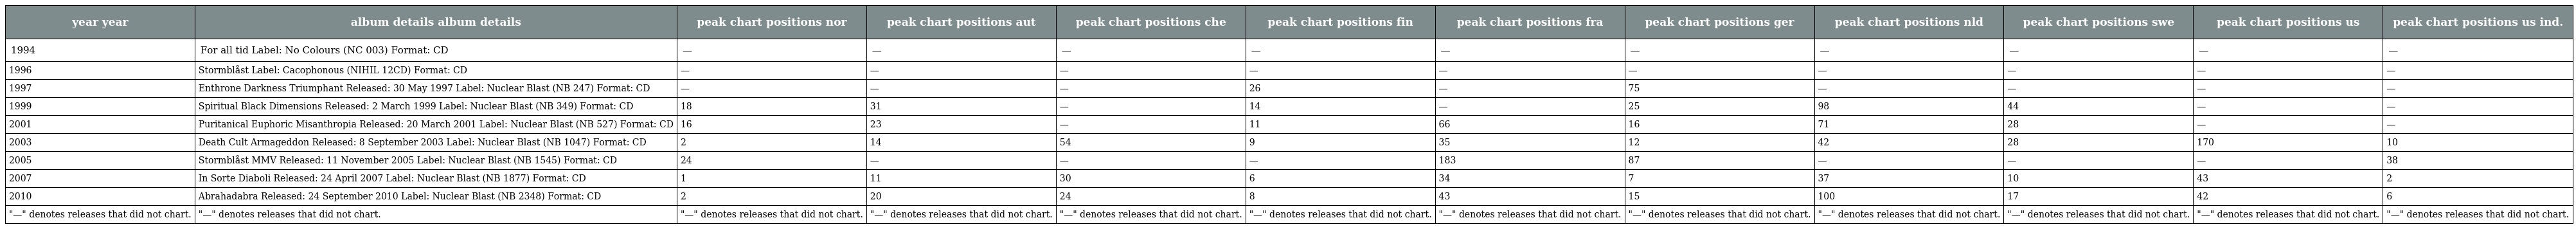
| year year | album details album details | peak chart positions nor | peak chart positions aut | peak chart positions che | peak chart positions fin | peak chart positions fra | peak chart positions ger | peak chart positions nld | peak chart positions swe | peak chart positions us | peak chart positions us ind. |
 | --- | --- | --- | --- | --- | --- | --- | --- | --- | --- | --- | --- |
 | 1994 | For all tid Label: No Colours (NC 003) Format: CD | — | — | — | — | — | — | — | — | — | — |
 | 1996 | Stormblåst Label: Cacophonous (NIHIL 12CD) Format: CD | — | — | — | — | — | — | — | — | — | — |
 | 1997 | Enthrone Darkness Triumphant Released: 30 May 1997 Label: Nuclear Blast (NB 247) Format: CD | — | — | — | 26 | — | 75 | — | — | — | — |
 | 1999 | Spiritual Black Dimensions Released: 2 March 1999 Label: Nuclear Blast (NB 349) Format: CD | 18 | 31 | — | 14 | — | 25 | 98 | 44 | — | — |
 | 2001 | Puritanical Euphoric Misanthropia Released: 20 March 2001 Label: Nuclear Blast (NB 527) Format: CD | 16 | 23 | — | 11 | 66 | 16 | 71 | 28 | — | — |
 | 2003 | Death Cult Armageddon Released: 8 September 2003 Label: Nuclear Blast (NB 1047) Format: CD | 2 | 14 | 54 | 9 | 35 | 12 | 42 | 28 | 170 | 10 |
 | 2005 | Stormblåst MMV Released: 11 November 2005 Label: Nuclear Blast (NB 1545) Format: CD | 24 | — | — | — | 183 | 87 | — | — | — | 38 |
 | 2007 | In Sorte Diaboli Released: 24 April 2007 Label: Nuclear Blast (NB 1877) Format: CD | 1 | 11 | 30 | 6 | 34 | 7 | 37 | 10 | 43 | 2 |
 | 2010 | Abrahadabra Released: 24 September 2010 Label: Nuclear Blast (NB 2348) Format: CD | 2 | 20 | 24 | 8 | 43 | 15 | 100 | 17 | 42 | 6 |
 | "—" denotes releases that did not chart. | "—" denotes releases that did not chart. | "—" denotes releases that did not chart. | "—" denotes releases that did not chart. | "—" denotes releases that did not chart. | "—" denotes releases that did not chart. | "—" denotes releases that did not chart. | "—" denotes releases that did not chart. | "—" denotes releases that did not chart. | "—" denotes releases that did not chart. | "—" denotes releases that did not chart. | "—" denotes releases that did not chart. |